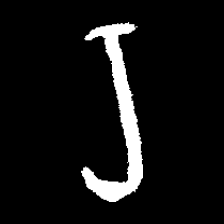
Pyu character \u2014 Myanmar letter: ရ (romanized: ra)